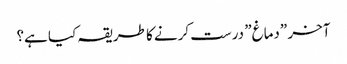
آخر \”دماغ\” درست کرنے کا طریقہ کیا ہے؟